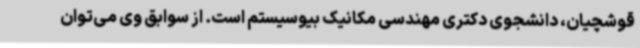
قوشچیان، دانشجوی دکتری مهندسی مکانیک بیوسیستم است. از سوابق وی می‌توان